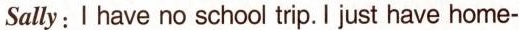
ally: I have no school trip. Just have home-